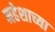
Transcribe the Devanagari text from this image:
महेशाच्या